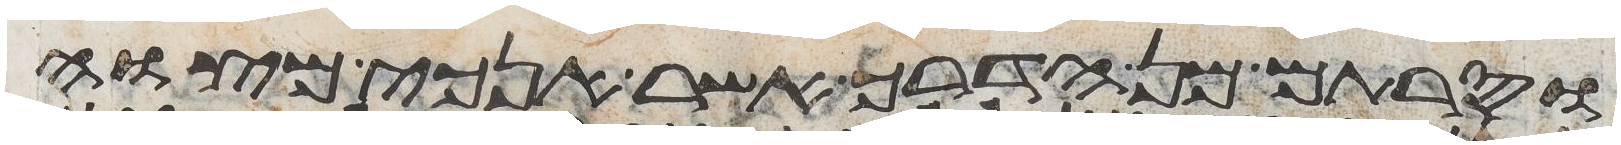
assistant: וסרתם מן הדרך אשר אנכי מצוה